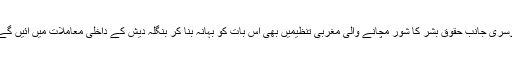
دوسری جانب حقوق بشر کا شور مچانے والی مغربی تنظیمیں بھی اس بات کو بہانہ بنا کر بنگلہ دیش کے داخلی معاملات میں آئیں گے ۔